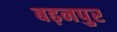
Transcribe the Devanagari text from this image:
बढ़नपुर